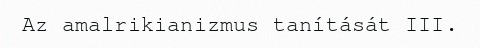
Az amalrikianizmus tanítását III.